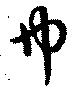
巾